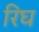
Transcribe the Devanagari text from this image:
रिघ